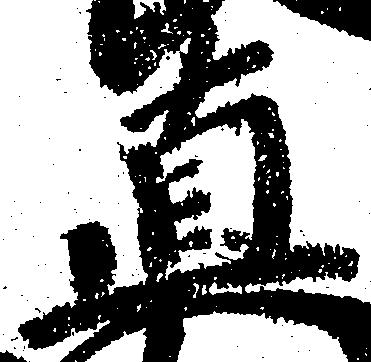
直